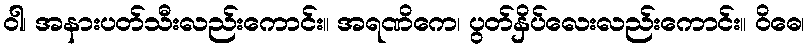
ဝါ၊ အနားပတ်သီးလည်းကောင်း။ အရဏိကေ၊ ပွတ်နှိပ်လေးလည်းကောင်း။ ဝိဓေ၊